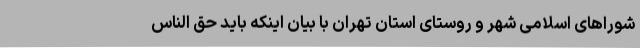
شوراهای اسلامی شهر و روستای استان تهران با بیان اینکه باید حق الناس